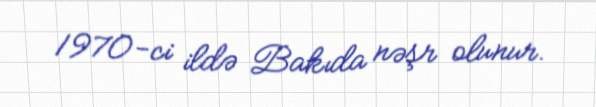
1970-ci ildə Bakıda nəşr olunur.